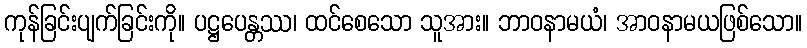
ကုန်ခြင်းပျက်ခြင်းကို။ ပဋ္ဌပေန္တဿ၊ ထင်စေသော သူအား။ ဘာဝနာမယံ၊ အာဝနာမယဖြစ်သော။